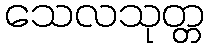
သေလသုတ္တ